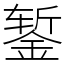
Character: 錾